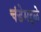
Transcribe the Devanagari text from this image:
चंडेमद्दळे